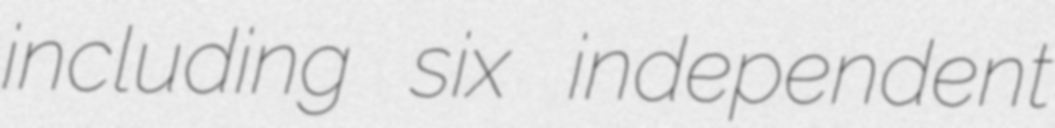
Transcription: including six independent